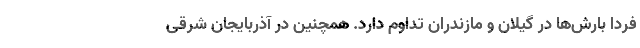
فردا بارش‌ها در گیلان و مازندران تداوم دارد. همچنین در آذربایجان شرقی